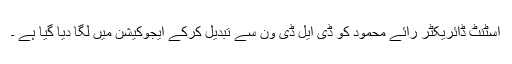
اسٹنٹ ڈائریکٹر رائے محمود کو ڈی ایل ڈی ون سے تبدیل کرکے ایجوکیشن میں لگا دیا گیا ہے ۔